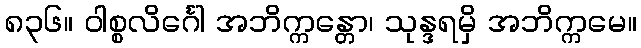
၈၃၆။ ဝါစ္စလိင်္ဂေါ အဘိက္ကန္တော၊ သုန္ဒရမှိ အဘိက္ကမေ။